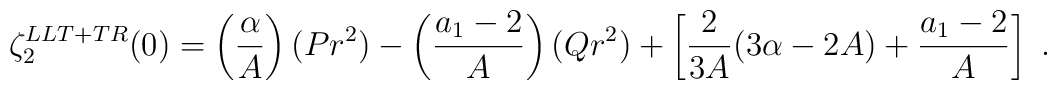
\zeta^{LLT+TR}_{2}(0)=\left(\frac{\alpha}{A}\right)(Pr^2)-\left(\frac{a_{1}-2}{A}\right)(Qr^2)+\left[\frac{2}{3A}(3\alpha-2A)+\frac{a_{1}-2}{A}\right]\ .